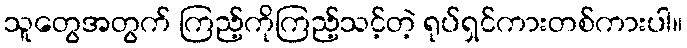
သူတွေအတွက် ကြည့်ကိုကြည့်သင့်တဲ့ ရုပ်ရှင်ကားတစ်ကားပါ။